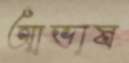
আভাষ